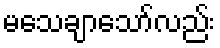
မသေချာသော်လည်း